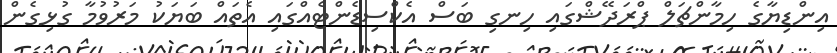
އިންޑިޔާގެ ހިމާންޗަލް ޕްރަދޭޝްގައި ހިނގި ބަސް އެކްސިޑެންޓެއްގައި އެތައް ބަޔަކު މަރުވުމާ ގުޅިގެން